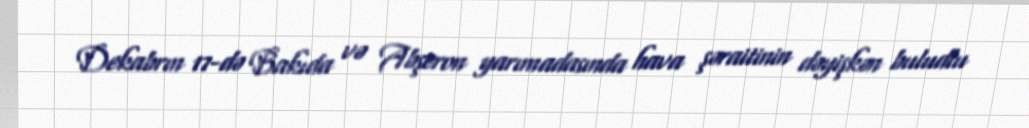
Dekabrın 17-də Bakıda və Abşeron yarımadasında hava şəraitinin dəyişkən buludlu